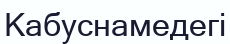
Кабуснамедегі